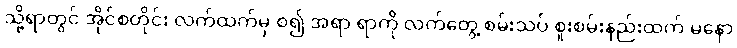
သို့ရာတွင် အိုင်စတိုင်း လက်ထက်မှ စ၍ အရာ ရာကို လက်တွေ့ စမ်းသပ် စူးစမ်းနည်းထက် မနော